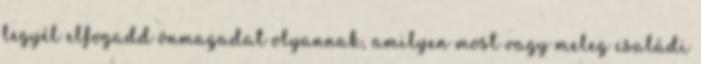
legyél elfogadd önmagadat olyannak, amilyen most vagy meleg családi